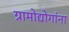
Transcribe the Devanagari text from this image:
ग्रामोद्योगांना